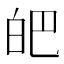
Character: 皅